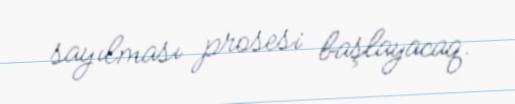
sayılması prosesi başlayacaq.